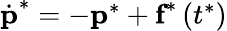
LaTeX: \begin{array}{r}{\dot{\textbf{p}}^{*}=-\textbf{p}^{*}+\textbf{f}^{*}\left(t^{*}\right)}\end{array}